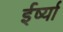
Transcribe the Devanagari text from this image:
ईर्ष्‍या